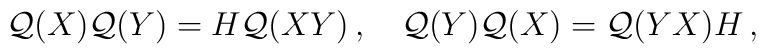
{\cal Q}(X){\cal Q}(Y)=H{\cal Q}(XY)\,,\quad{\cal Q}(Y){\cal Q}(X)={\cal Q}(YX)H\,,